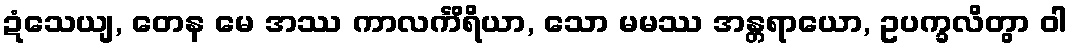
ဍံသေယျ, တေန မေ အဿ ကာလင်္ကိရိယာ, သော မမဿ အန္တရာယော, ဥပက္ခလိတွာ ဝါ